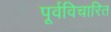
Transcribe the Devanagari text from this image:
पूर्वविचारित